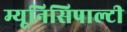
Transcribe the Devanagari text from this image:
म्यूनिसिपाल्टी